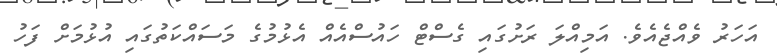
އަހަރު ވެއްޖެއެެވެ. އަމިއްލަ ރަށުގައި ގެސްޓް ހައުސްއެއް އެޅުމުގެ މަސައްކަތުގައި އުޅުމަށް ފަހު